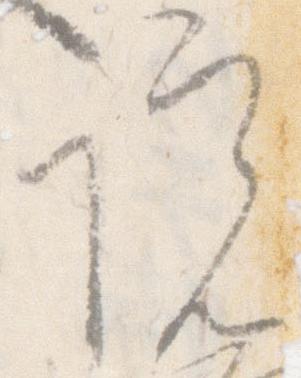
院